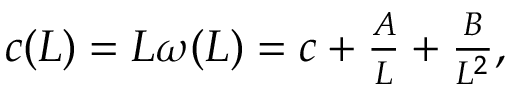
\begin{array} { r } { c ( L ) = L \omega ( L ) = c + \frac { A } { L } + \frac { B } { L ^ { 2 } } , } \end{array}